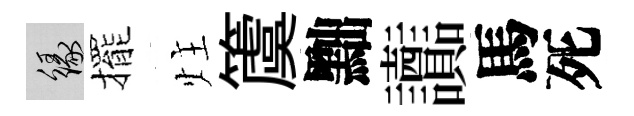
緣擺炷𥵂黜讟馬死